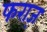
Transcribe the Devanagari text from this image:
फराज़